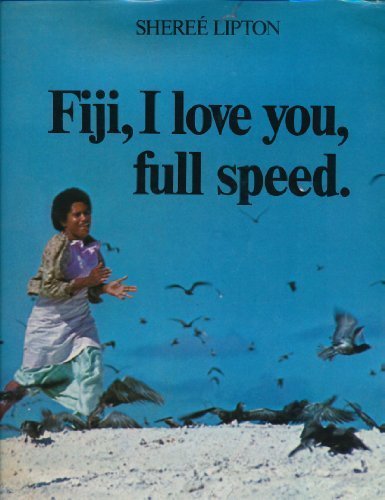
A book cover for Fiji, I love you, full speed; Sheree Lipton; Travel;